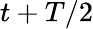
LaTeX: t+T/2